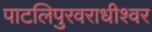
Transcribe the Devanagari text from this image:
पाटलिपुरवराधीश्वर